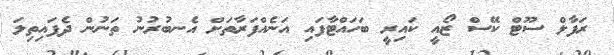
ރަފާލް ސޫޓް ކޭސް ޒޯއީ ކައިރީ ބަހައްޓާފައި އަނެއްފަރާތަށް އެނބުރުނު ތަނުން ދެފައިތިލަ